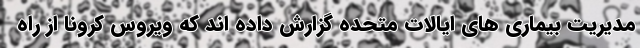
مدیریت بیماری های ایالات متحده گزارش داده اند که ویروس کرونا از راه